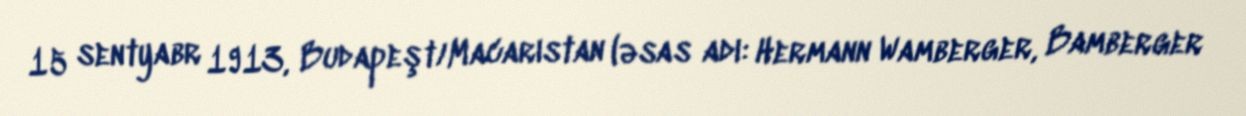
15 sentyabr 1913, Budapeşt/Macarıstan (əsas adı: Hermann Wamberger, Bamberger